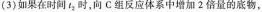
(3)如果在时间t_{2}时，向C组反应体系中增加2倍量的底物，